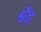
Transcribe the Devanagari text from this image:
श्वैत